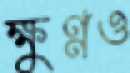
ক্ষুণ্নও